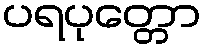
ပရပုတ္တော